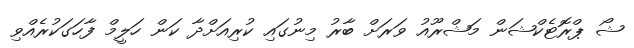
ޝޯ ޕްރޮޓެކްޝަން މަޝްރޫއު ވަރަށް ބާރު މިނުގައި ކުރިއަށްދާ ކަން ހަލީމް ފާހަގަކުރެއްވި